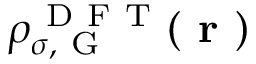
\rho _ { \sigma , \mathrm { ~ G ~ } } ^ { \mathrm { ~ D ~ F ~ T ~ } } ( \boldsymbol { \textbf { r } } )